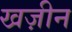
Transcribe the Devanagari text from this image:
खज़ीन